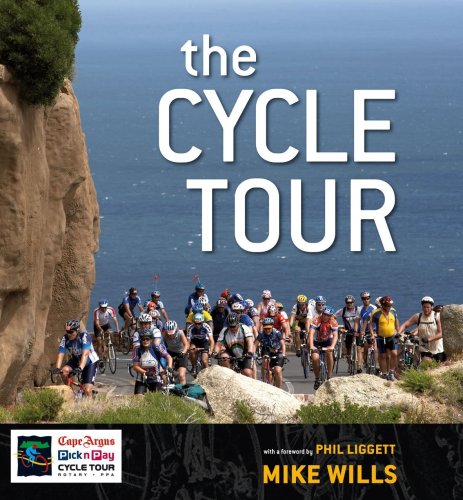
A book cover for The Cycle Tour; Mike Wills; Sports & Outdoors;